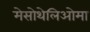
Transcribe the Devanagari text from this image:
मेसोथेलिओमा